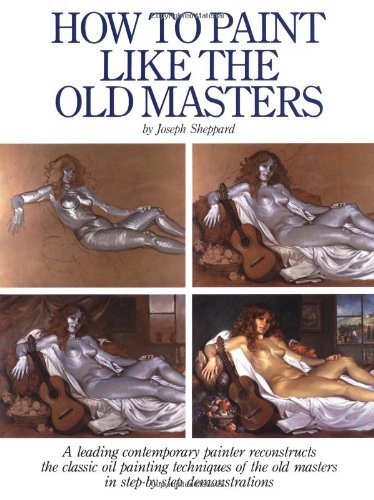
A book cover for How to Paint Like the Old Masters; Joseph Sheppard; Arts & Photography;